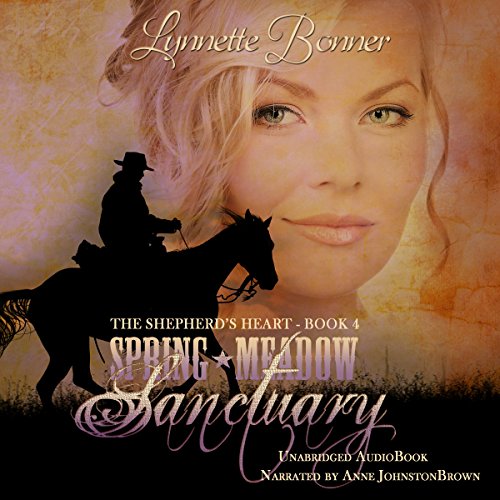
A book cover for Spring Meadow Sanctuary: The Shepherd's Heart, Book 4; Lynnette Bonner; Christian Books & Bibles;